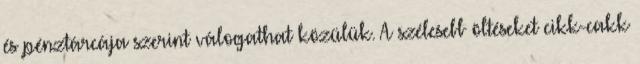
és pénztárcája szerint válogathat közülük. A szélesebb öltéseket cikk-cakk